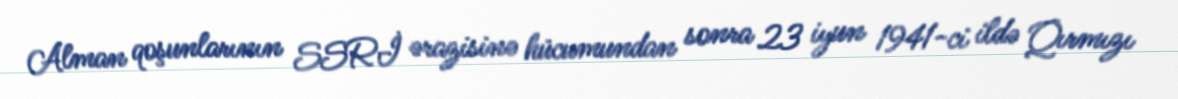
Alman qoşunlarının SSRİ ərazisinə hücumundan sonra 23 iyun 1941-ci ildə Qırmızı